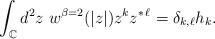
LaTeX: \begin{align*}\int_{\mathbb C} d^2z\ w^{\beta=2}(|z|) z^k z^{*\,\ell}=\delta_{k,\ell}h_k.\end{align*}